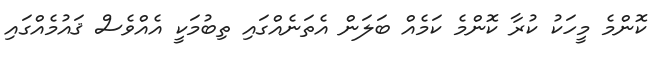
ކޮންމެ މީހަކު ކުރާ ކޮންމެ ކަމެއް ބަލަން އެތަނެއްގައި ތިބުމަކީ އެއްވެސް ޤައުމެއްގައި